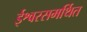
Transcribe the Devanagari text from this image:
ईश्वरसमर्थित